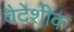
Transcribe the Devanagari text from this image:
वैदेशीक